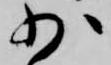
少